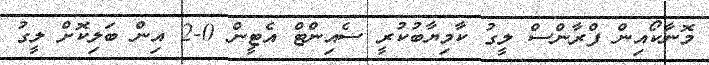
މޮނާކޯއިން ފްރާންސް ލީގު ކާމިޔާބުކުރީ ސެއިންޓް އެޓީން 0-2 އިން ބަލިކޮށް ލީގު